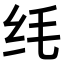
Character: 𫄜